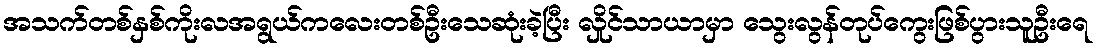
အသက်တစ်နှစ်ကိုးလအရွယ်ကလေးတစ်ဦးသေဆုံးခဲ့ပြီး လှိုင်သာယာမှာ သွေးလွန်တုပ်ကွေးဖြစ်ပွားသူဦးရေ